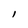
Character: l